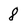
Character: 8